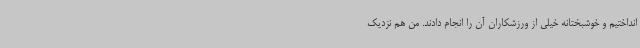
انداختیم و خوشبختانه خیلی از ورزشکاران آن را انجام دادند. من هم نزدیک